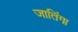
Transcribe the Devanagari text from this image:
जातिंगा